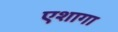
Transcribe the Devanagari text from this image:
एशागा